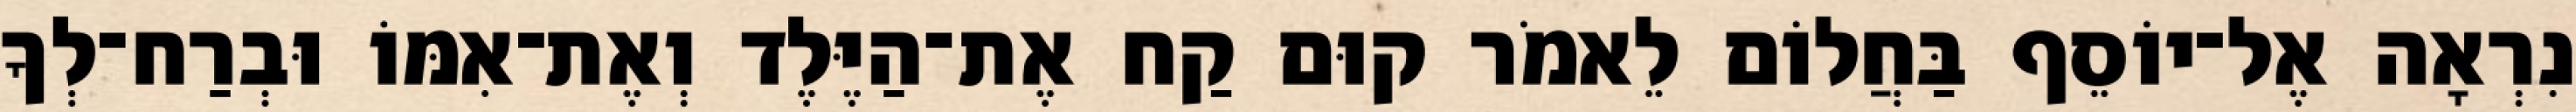
נִרְאָה אֶל־יוֹסֵף בַּחֲלוֹם לֵאמֹר קוּם קַח אֶת־הַיֶּלֶד וְאֶת־אִמּוֹ וּבְרַח־לְךָ